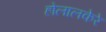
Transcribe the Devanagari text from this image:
होलालकेरे